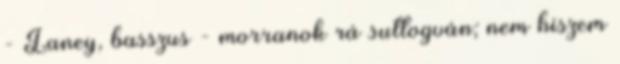
- Laney, basszus - morranok rá suttogván; nem hiszem